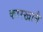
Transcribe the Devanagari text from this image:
कारखानै